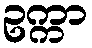
ဥက္ကာ